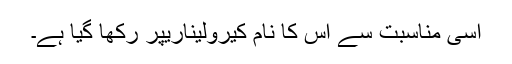
اسی مناسبت سے اس کا نام کیرولیناریپر رکھا گیا ہے۔